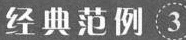
经典范例3